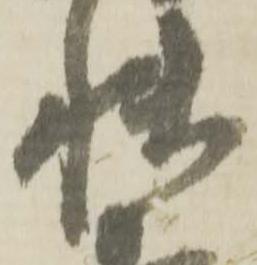
快